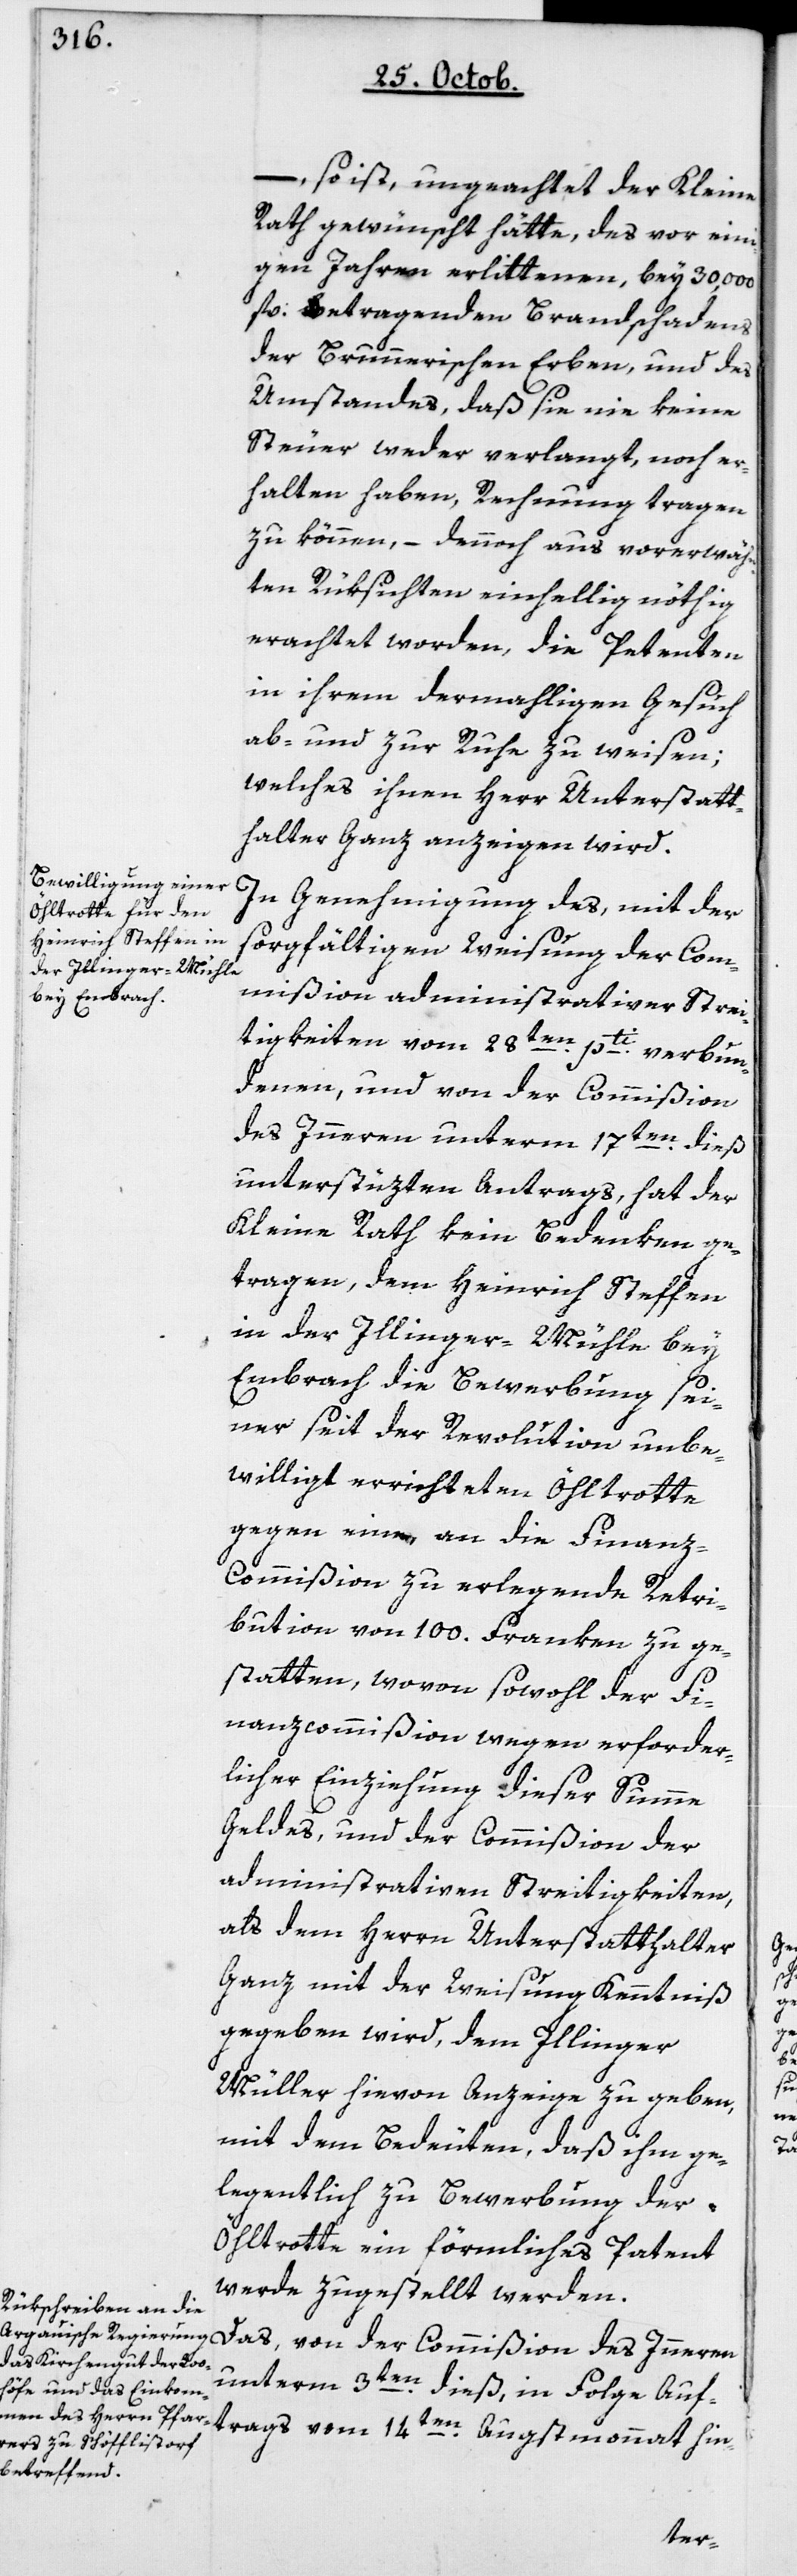
so ist ungeachtet der Kleine
Rath gewünscht hätte, das vor eini¬
gen Jahren erlittenen, bey 30'000
fl. betragenden Brandschadens
der Brunnerischen Erben, und des
Umstandes, daß sie nie keine
Steuer weder verlangt, noch er¬
halten haben, Rechnung tragen
zu können, – dennoch aus vorerwähn¬
ten Rüksichten einhellig nöthig
erachtet worden, die Petenten
in ihrem dermahligen Gesuch
ab- und zur Ruhe zu weisen;
welches ihnen Herr Unterstatt¬
halter Ganz anzeigen wird.
In Genehmigung des, mit der
sorgfältigen Weisung der Com¬
mißion administrativer Strei¬
tigkeiten vom 28ten pti verbun¬
denen, und von der Commißion
des Innern unterm 17ten dieß
unterstüzten Antrags, hat der
Kleine Rath kein Bedenken ge¬
tragen, dem Heinrich Steffen
in der Illinger-Mühle bey
Embrach die Bewerbung sei¬
nerzeit der Revolution unbe¬
willigt errichteten Öhltrotte
gegen eine an die Finanz¬
commißion zu erlegende Retri¬
bution von 100 Franken zu ge¬
statten, wovon sowohl der Fi¬
nanzkommmißion wegen erforder¬
licher Einziehung dieser Summe
Geldes, und der Commißion der
administrativen Streitigkeiten,
als dem Herrn Unterstatthalter
Ganz mit der Weisung Kenntniß
gegeben wird, dem Illinger
Müller hievon Anzeige zu geben,
mit dem Bedeuten, daß ihm ge¬
legentlich zu Bewerbung der
Öhltrotte ein förmliches Patent
werde zugestellt werden.
Das von der Commißion des Innern
unterm 3ten dieß, in Folge Auf¬
trags vom 14ten Augstmonat hin